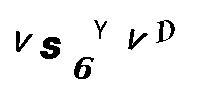
VS6YVD